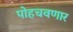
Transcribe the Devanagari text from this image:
पोहचवणार